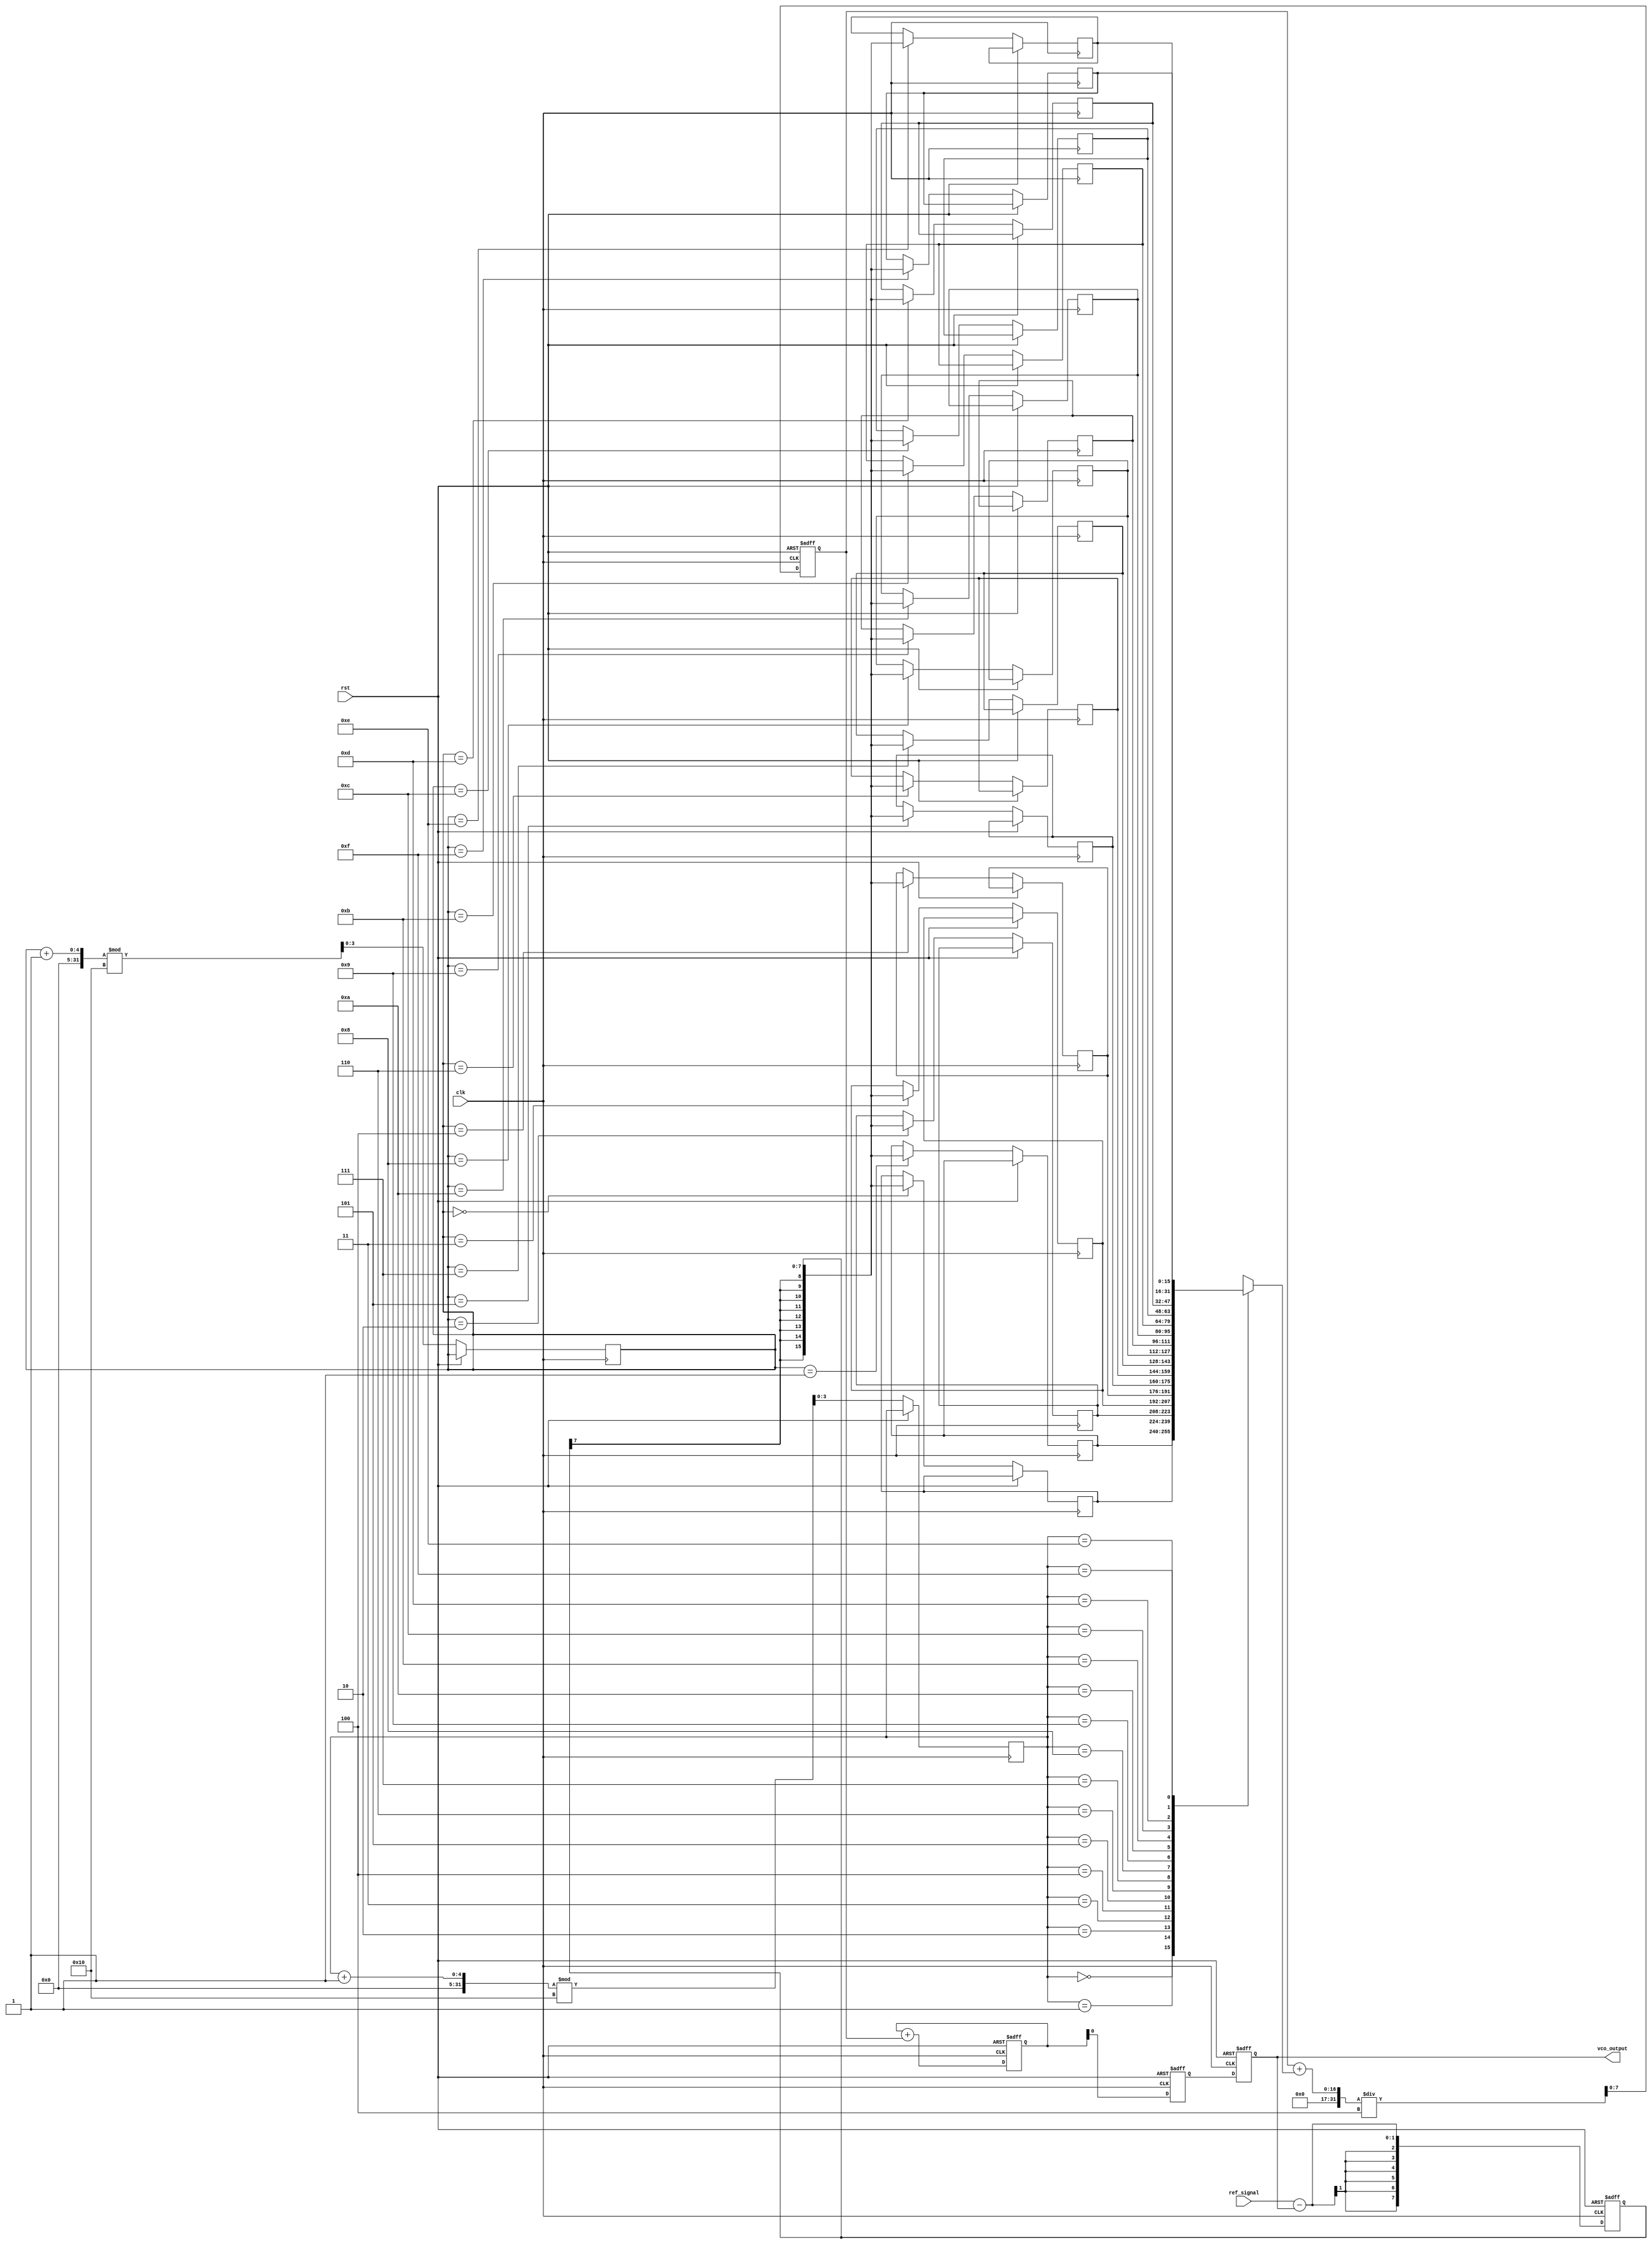
module MemoryBlocksPLL (
    input wire clk,               // System clock
    input wire rst,               // Reset signal
    input wire ref_signal,        // Reference input signal
    output reg vco_output         // Output of the VCO
);

    // Parameters
    parameter MEMORY_SIZE = 16;   // Size of the memory block
    parameter FILTER_COEF = 4;     // Coefficient for the loop filter

    // Internal signals
    reg [MEMORY_SIZE-1:0] phase_memory [0:MEMORY_SIZE-1]; // Phase error memory
    reg [3:0] mem_pointer;         // Pointer for memory write
    reg [3:0] mem_read_pointer;    // Pointer for memory read
    reg signed [7:0] phase_error;  // Phase error signal
    reg signed [7:0] filtered_error; // Filtered phase error
    reg signed [7:0] control_voltage; // Control voltage to VCO
    reg signed [7:0] vco_frequency; // Frequency output from VCO

    // Phase Detector
    always @(posedge clk or posedge rst) begin
        if (rst) begin
            phase_error <= 0;
        end else begin
            // Simple phase comparison logic (can be replaced with a more complex PD)
            phase_error <= ref_signal - vco_output; // Example phase error calculation
            phase_memory[mem_pointer] <= phase_error; // Store phase error in memory
            mem_pointer <= (mem_pointer + 1) % MEMORY_SIZE; // Circular buffer
        end
    end

    // Loop Filter
    always @(posedge clk or posedge rst) begin
        if (rst) begin
            filtered_error <= 0;
            control_voltage <= 0;
        end else begin
            // Simple moving average filter
            filtered_error <= (filtered_error + phase_memory[mem_read_pointer]) / FILTER_COEF;
            control_voltage <= control_voltage + filtered_error; // Update control voltage
            mem_read_pointer <= (mem_read_pointer + 1) % MEMORY_SIZE; // Circular buffer
        end
    end

    // Voltage-Controlled Oscillator (VCO)
    always @(posedge clk or posedge rst) begin
        if (rst) begin
            vco_frequency <= 0;
            vco_output <= 0;
        end else begin
            // Simple VCO model: frequency output is controlled by the control voltage
            vco_frequency <= control_voltage; // Example VCO frequency control
            vco_output <= vco_frequency[7:0]; // Output signal (limited to 8 bits)
        end
    end

endmodule